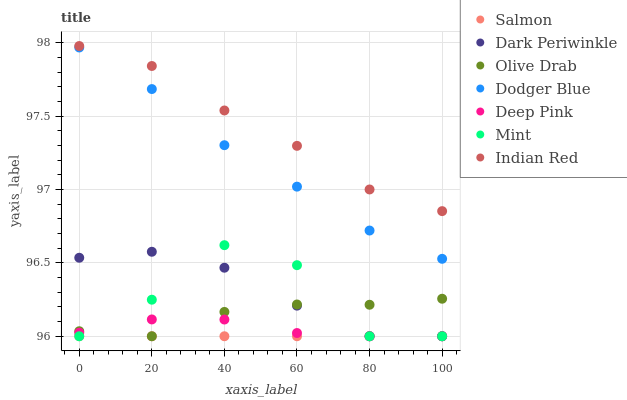
| xaxis_label | Salmon | Dark Periwinkle | Olive Drab | Dodger Blue | Deep Pink | Mint | Indian Red |
 | --- | --- | --- | --- | --- | --- | --- | --- |
 | 0 | 96 | 96.5 | 96 | 98 | 96 | 96 | 98 |
 | 20 | 96 | 96.6 | 96 | 97.7 | 96.1 | 96.2 | 97.8 |
 | 40 | 96 | 96.5 | 96.2 | 97.3 | 96.1 | 96.6 | 97.5 |
 | 60 | 96 | 96.2 | 96.2 | 97 | 96 | 96.5 | 97.3 |
 | 80 | 96 | 96 | 96.2 | 96.7 | 96 | 96 | 97 |
 | 100 | 96 | 96 | 96.3 | 96.5 | 96 | 96 | 96.9 |